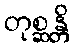
တုစ္ဆန္တိ